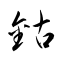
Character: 鈷